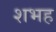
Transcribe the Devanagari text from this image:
शभह